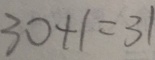
3 0 + 1 = 3 1